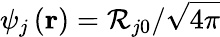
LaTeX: \psi_{j}\left(\mathbf{r}\right)=\mathcal{R}_{j0}/\sqrt{4\pi}